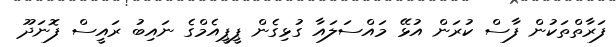
ފަރާތްތަކުން ފާސް ކުރަން އުޅޭ މައްސަލައާ ގުޅިގެން ޕީޕީއެމްގެ ނައިބު ރައީސް ފޮނަދޫ